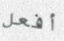
أفعل